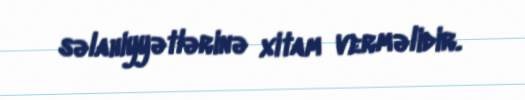
səlahiyyətlərinə xitam verməlidir.